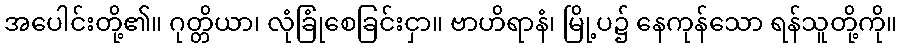
အပေါင်းတို့၏။ ဂုတ္တိယာ၊ လုံခြုံစေခြင်းငှာ။ ဗာဟိရာနံ၊ မြို့ပ၌ နေကုန်သော ရန်သူတို့ကို။